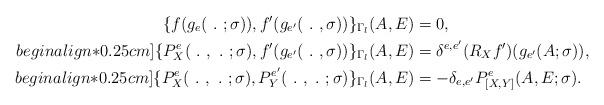
LaTeX: \begin{align*}\{f(g_{e}(\ .\ ;\sigma)),f'(g_{e'}(\ .\ ,\sigma))\}_{\Gamma_{l}}(A,E) & = 0, \\begin{align*}0.25cm] \{P^{e}_{X}(\ .\ ,\ .\ ;\sigma),f'(g_{e'}(\ .\ ,\sigma))\}_{\Gamma_{l}}(A,E) & = \delta^{e,e'}(R_{X}f')(g_{e'}(A;\sigma)), \\begin{align*}0.25cm] \{P^{e}_{X}(\ .\ ,\ .\ ;\sigma),P^{e'}_{Y}(\ .\ ,\ .\ ;\sigma)\}_{\Gamma_{l}}(A,E) & = -\delta_{e,e'}P^{e}_{[X,Y]}(A,E;\sigma).\end{align*}